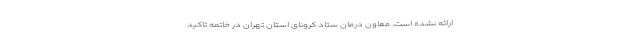
ارائه نشده است. معاون درمان ستاد کرونای استان تهران در خاتمه تاکید